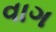
વાગ